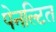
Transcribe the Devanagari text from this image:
पेनल्टित